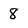
Character: 8